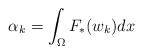
LaTeX: \begin{align*}\alpha_{k}=\int_{\Omega}F_{\ast}(w_{k})dx\end{align*}